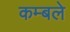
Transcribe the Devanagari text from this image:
कम्बले